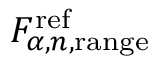
F _ { \alpha , n , \mathrm { r a n g e } } ^ { \mathrm { r e f } }